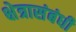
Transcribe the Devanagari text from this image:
क्षेत्रासंबंधी